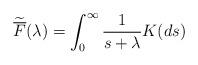
LaTeX: \begin{align*}\widetilde{\overline{F}}(\lambda) = \int_0^\infty \frac{1}{s+\lambda} K(ds)\end{align*}